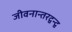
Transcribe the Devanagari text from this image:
जीवनान्तरद्वन्द्व